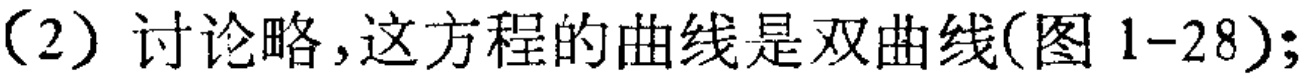
（2）讨论略,这方程的曲线是双曲线(图 1-28);